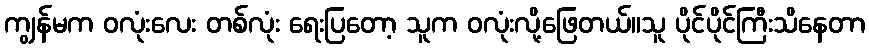
ကျွန်မက ဝလုံးလေး တစ်လုံး ရေးပြတော့ သူက ဝလုံးလို့ဖြေတယ်။သူ ပိုင်ပိုင်ကြီးသိနေတာ